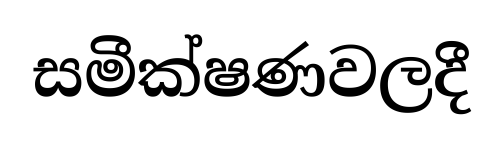
සමීක්ෂණවලදී